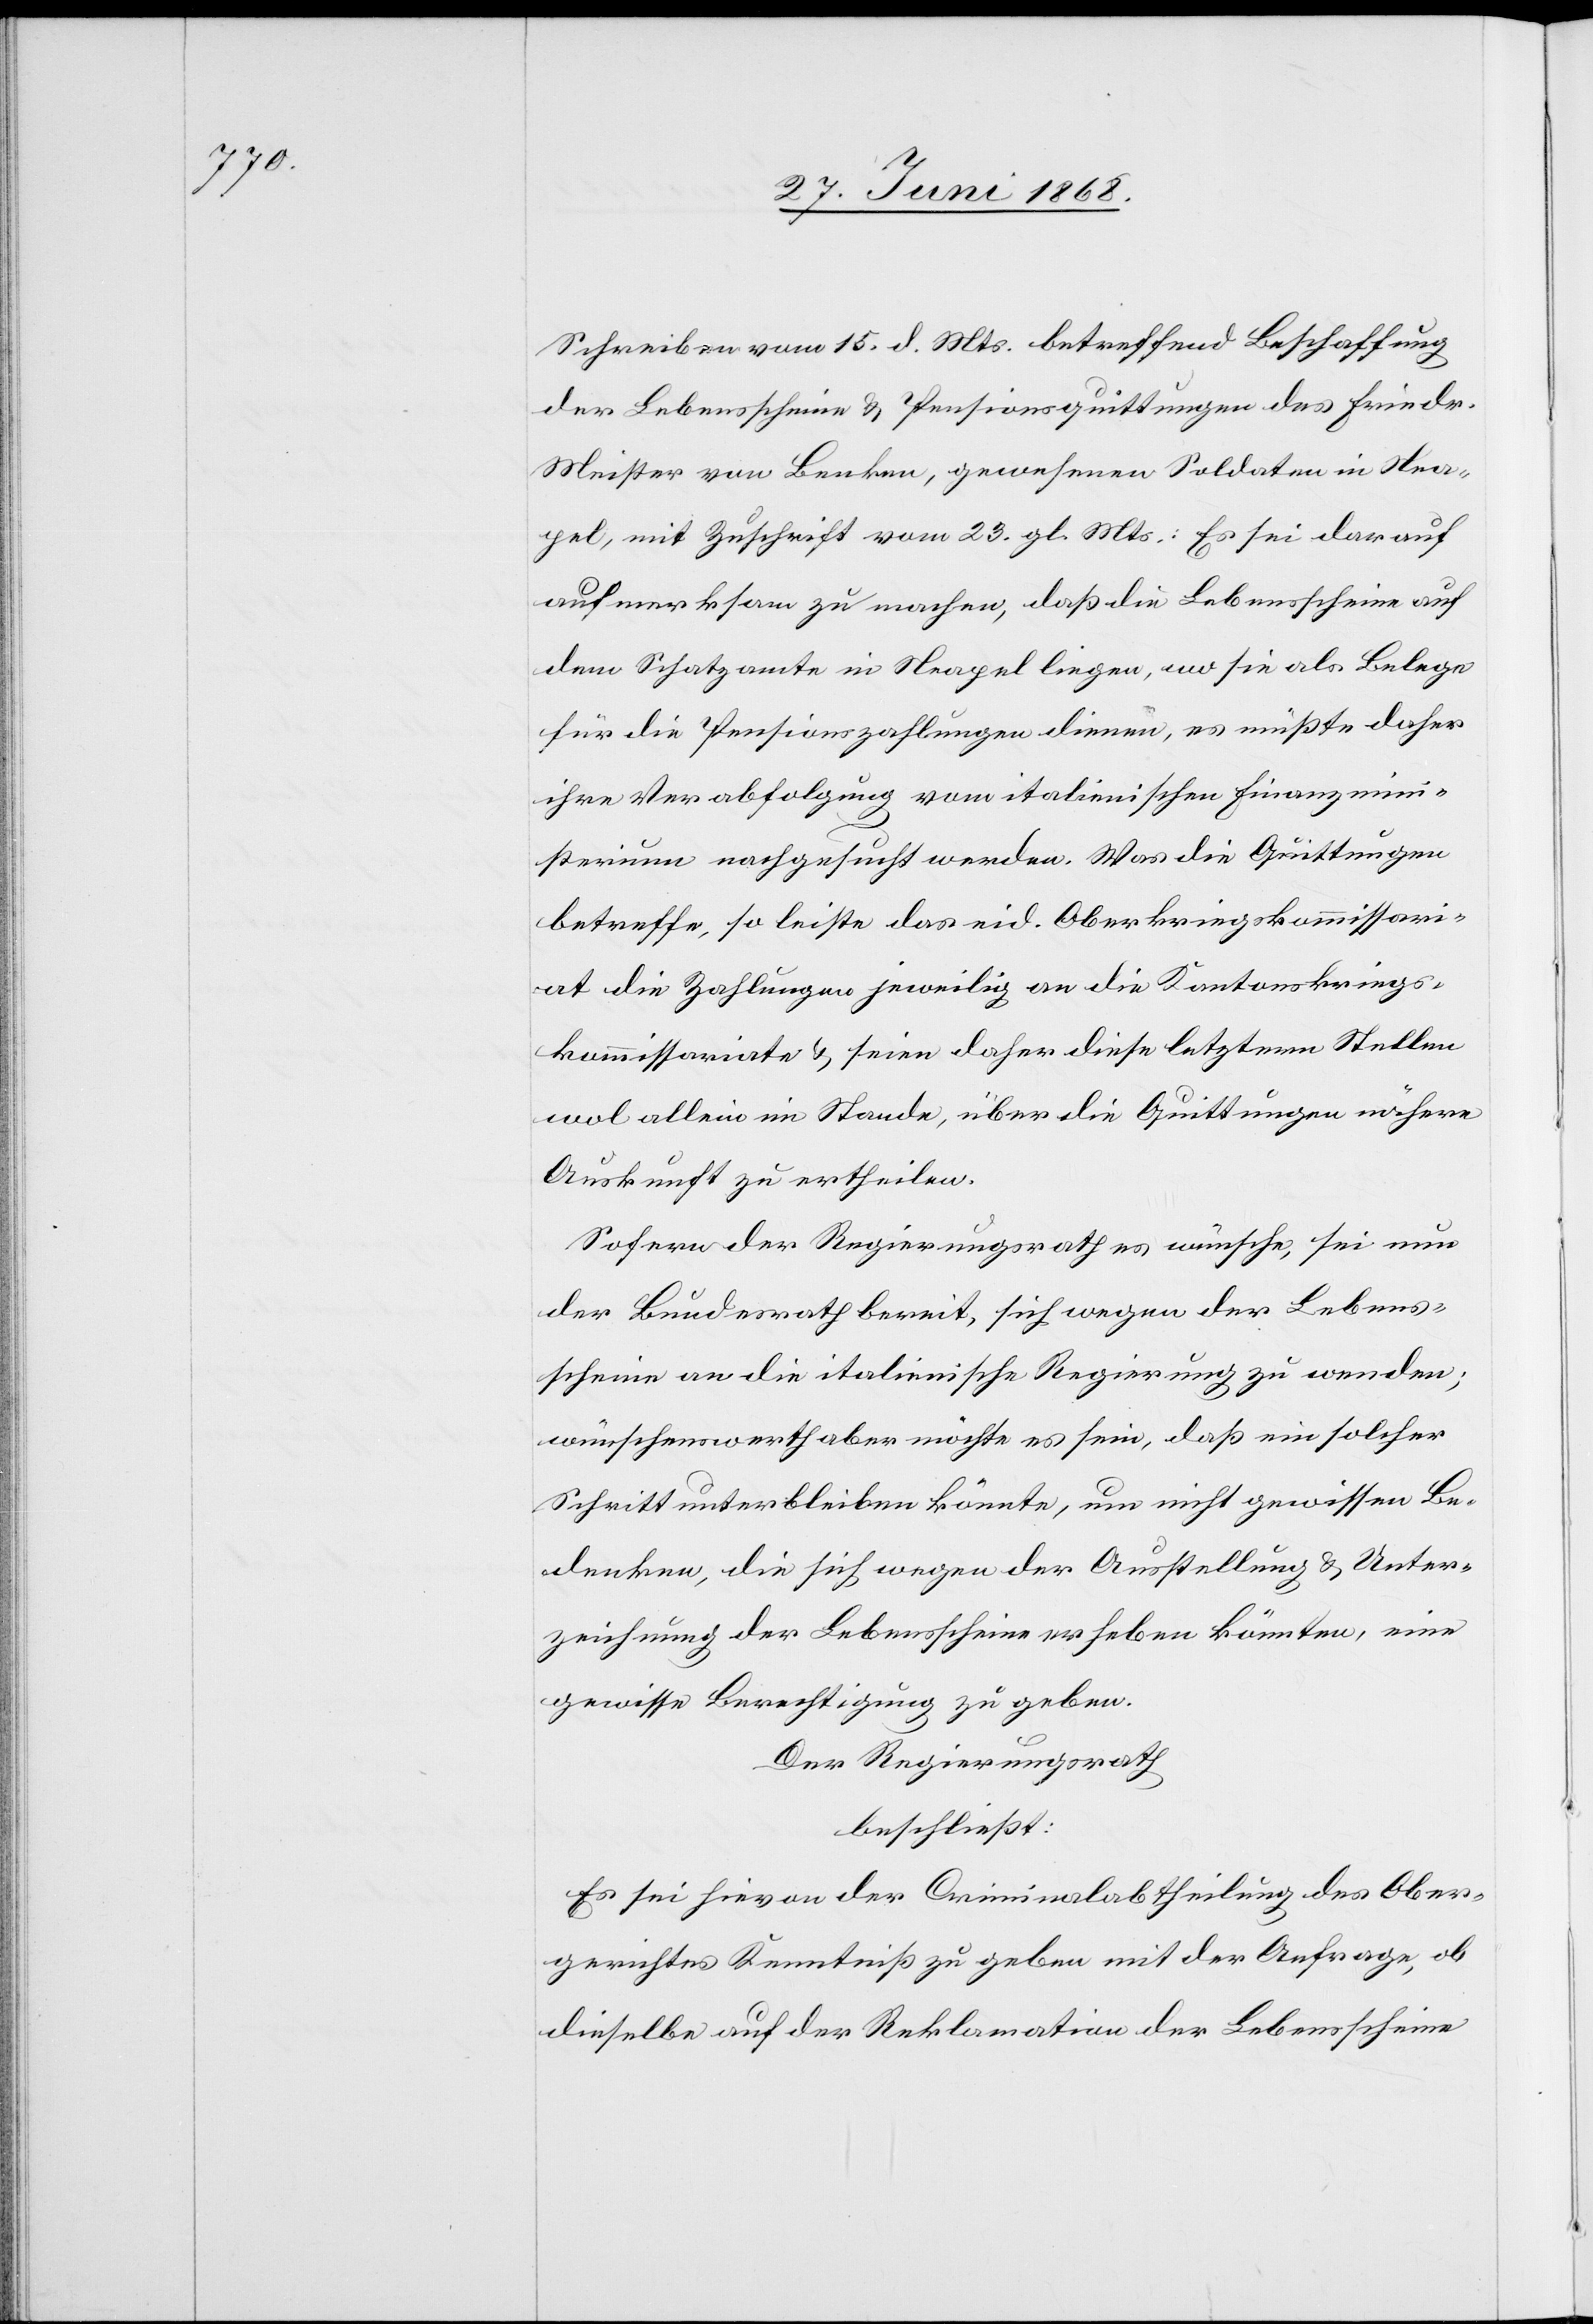
Schreiben vom 15. d. Mts. betreffend Beschaffung
der Lebensscheine & Pensionsquittungen des Friedr.
Meister von Benken, gewesenen Soldaten in Nea¬
pel, mit Zuschrift vom 23. gl. Mts.: Es sei darauf
aufmerksam zu machen, daß die Lebensscheine auf
dem Schatzamte in Neapel liegen, wo sie als Belege
für die Pensionszahlungen dienen, es müßte daher
ihre Verabfolgung vom italienischen Finanzmini¬
sterium nachgesucht werden. Was die Quittungen
betreffe, so leiste das eid. Oberkriegskommissari¬
at die Zahlungen jeweilig an die Kantonskriegs¬
kommissariate & seien daher diese letztern Stellen
wol allein im Stande, über die Quittungen nähere
Auskunft zu ertheilen.
Sofern der Regierungsrath es wünsche, sei nun
der Bundesrath bereit, sich wegen der Lebens¬
scheine an die italienische Regierung zu wenden;
wünschenswerth aber möchte es sein, daß ein solcher
Schritt unterbleiben könnte, um nicht gewissen Be¬
denken, die sich wegen der Ausstellung & Unter¬
zeichnung der Lebensscheine erheben könnten, eine
gewisse Berechtigung zu geben.
Der Regierungsrath
beschließt:
Es sei hievon der Criminalabtheilung des Ober¬
gerichtes Kenntniß zu geben mit der Anfrage, ob
dieselbe auf der Reklamation der Lebensscheine